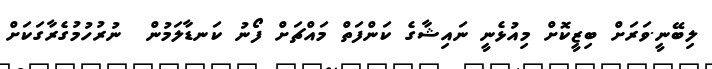
ލިބޭނީ.ވަރަށް ބިޒީކޮށް މިއުޅެނީ ނައިޝާގެ ކަންފަތް މައްޗަށް ފޯނު ކަނޑާލަމުން  ނުރުހުމުގެރާގަކަށް